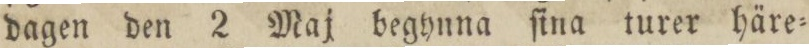
dagen den 2 Maj begynna ſina turer häre=